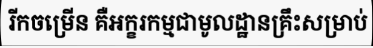
រីកចម្រើន គឺអក្ខរកម្មជាមូលដ្ឋានគ្រឹះសម្រាប់